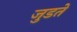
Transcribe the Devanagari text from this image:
जुडते